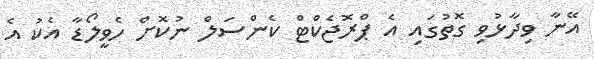
އޭނާ ވިދާޅުވި ގޮތުގައި އެ ޕްރޮޖެކްޓް ކެންސަލް ނުކޮށް ހެވީލޯޑާ އެކު އެ